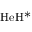
\mathrm { H e H ^ { * } }